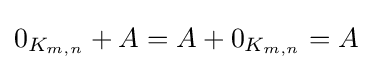
0_{K_{m,n}}+A=A+0_{K_{m,n}}=A